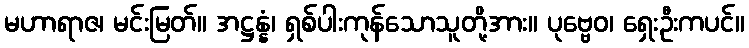
မဟာရာဇ၊ မင်းမြတ်။ အဋ္ဌန္နံ၊ ရှစ်ပါးကုန်သောသူတို့အား။ ပုဗ္ဗေဝ၊ ရှေးဦးကပင်။